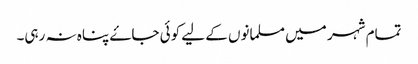
تمام شہر میں مسلمانوں کے لیے کوئی جاۓ پناہ نہ رہی۔